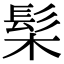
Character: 髤